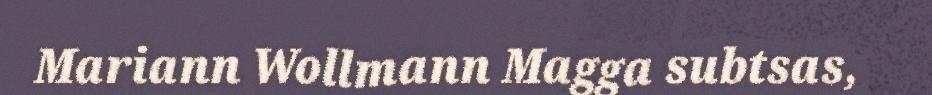
Mariann Wollmann Magga subtsas,